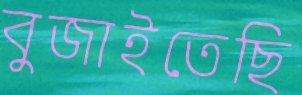
বুজাইতেছি